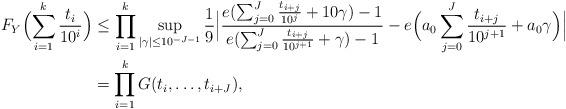
LaTeX: \begin{align*}F_{Y}\Bigl(\sum_{i=1}^{k}\frac{t_i}{10^i}\Bigr)&\le \prod_{i=1}^k\sup_{|\gamma|\le 10^{-J-1} }\frac{1}{9}\Bigl|\frac{e(\sum_{j=0}^{J}\frac{t_{i+j}}{10^{j}}+10\gamma)-1}{e(\sum_{j=0}^{J}\frac{t_{i+j}}{10^{j+1}}+\gamma)-1}-e\Bigl(a_0\sum_{j=0}^{J}\frac{t_{i+j}}{10^{j+1}}+a_0\gamma\Bigr)\Bigr|\\&=\prod_{i=1}^k G(t_i,\dots,t_{i+J}),\end{align*}